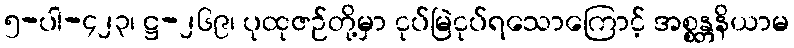
၅-ပါ-၄၂၃၊ ဋ္ဌ-၂၆၉၊ ပုထုဇဉ်တို့မှာ ငုပ်မြဲငုပ်ရသောကြောင့် အစ္စန္တနိယာမ